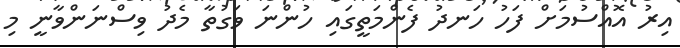
އިރު އޮއްސުމަށް ފަހު ހަނދު ފެންމަތީގައި ހުންނަ ވަގުތާ މެދު ވިސްނަންވާނީ މި